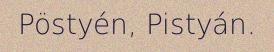
Pöstyén, Pistyán.